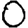
Digit: 0